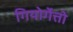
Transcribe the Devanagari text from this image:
गियोर्गेत्तो